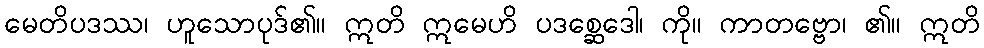
မေတိပဒဿ၊ ဟူသောပုဒ်၏။ ဣတိ ဣမေဟိ ပဒစ္ဆေဒေါ၊ ကို။ ကာတဗ္ဗော၊ ၏။ ဣတိ